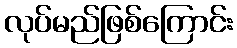
လုပ်မည်ဖြစ်ကြောင်း